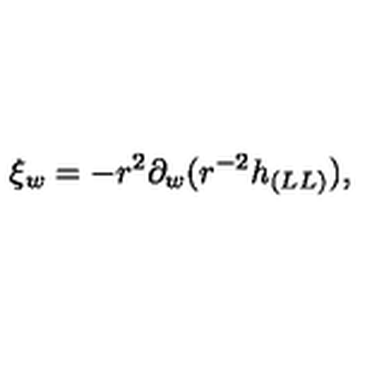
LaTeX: \xi _ { w } = - r ^ { 2 } \partial _ { w } ( r ^ { - 2 } h _ { ( L L ) } ) ,